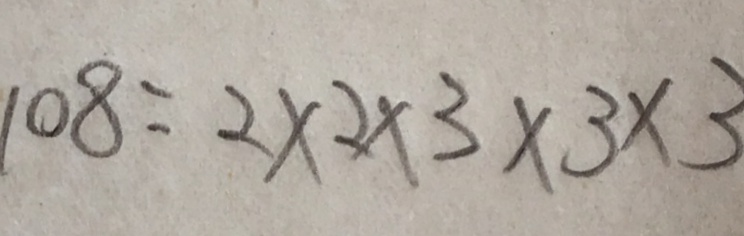
1 0 8 = 2 \times 2 \times 3 \times 3 \times 3